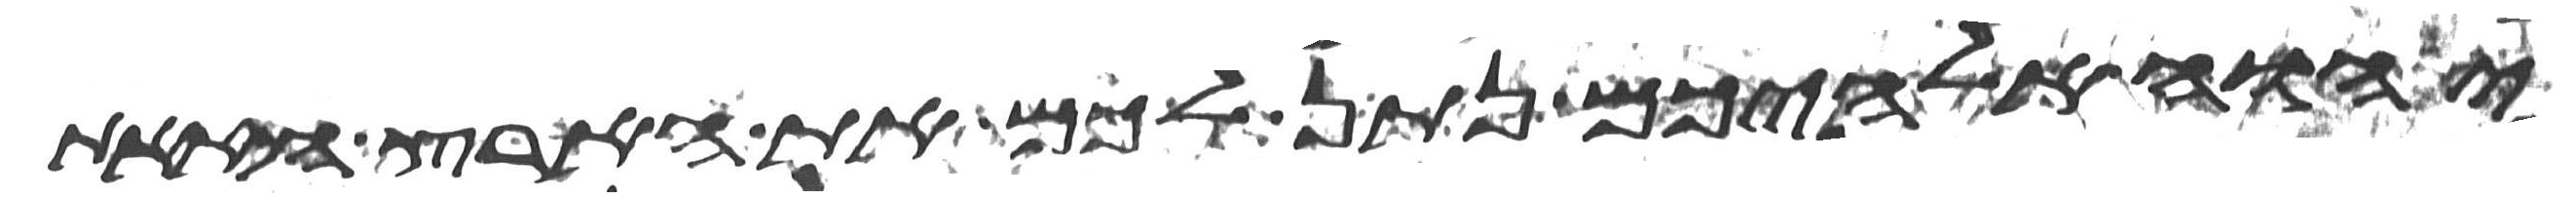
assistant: יהוה אלהיכם נתן לכם את הארץ הזאת